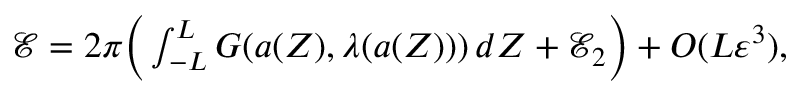
\begin{array} { r } { \mathcal { E } = 2 \pi \Big ( \int _ { - L } ^ { L } G ( { a } ( Z ) , \lambda ( { a } ( Z ) ) ) \, d Z + \mathcal { E } _ { 2 } \Big ) + O ( L \varepsilon ^ { 3 } ) , } \end{array}